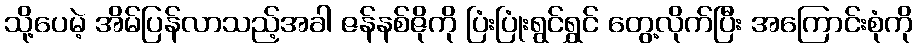
သို့ပေမဲ့ အိမ်ပြန်လာသည့်အခါ ဇန်နစ်ဇိုကို ပြံးပြုံးရွင်ရွှင် တွေ့လိုက်ပြီး အကြောင်းစုံကို